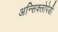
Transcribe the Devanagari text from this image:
अन्सिक्लोपेडी